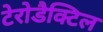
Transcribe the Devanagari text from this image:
टेरोडैक्टिल